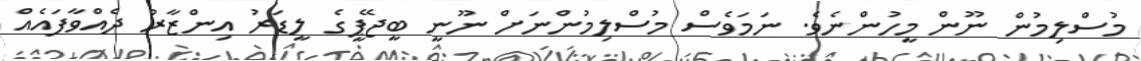
މުސްލިމުން ނޫން މީހުންނެވެ. ނަމަވެސް މުސްލިމުންނަށް ނޫނީ ބީޖޭޕީގެ ލީޑަރު އިންޒާރު ދެއްވާފައެއް